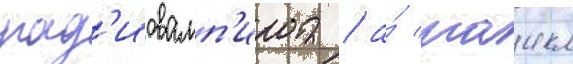
рад'иовамп'ира / а́ маикл